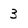
Character: 3